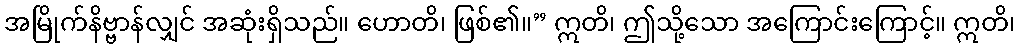
အမြိုက်နိဗ္ဗာန်လျှင် အဆုံးရှိသည်။ ဟောတိ၊ ဖြစ်၏။” ဣတိ၊ ဤသို့သော အကြောင်းကြောင့်။ ဣတိ၊